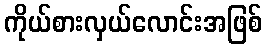
ကိုယ်စားလှယ်လောင်းအဖြစ်